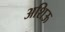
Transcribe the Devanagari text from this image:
अशिऊ